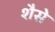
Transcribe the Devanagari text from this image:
शैसे